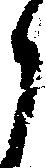
候